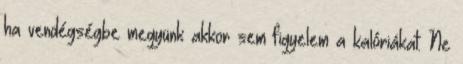
ha vendégségbe megyünk akkor sem figyelem a kalóriákat. Ne